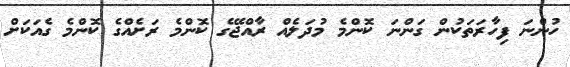
ހުންނަ ފިހާރަތަކުން ގަންނަ ކޮންމެ މުދަލެއް ރާއްޖޭގެ ކޮންމެ ރަށެއްގެ ކޮންމެ ގެއަކަށް